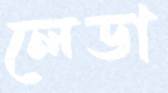
লেডা